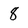
Character: 8